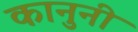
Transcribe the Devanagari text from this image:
कानुनी